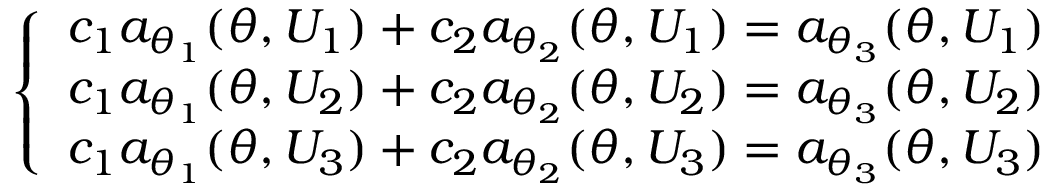
\left\{ \begin{array} { l l } { c _ { 1 } a _ { \theta _ { 1 } } ( \theta , U _ { 1 } ) + c _ { 2 } a _ { \theta _ { 2 } } ( \theta , U _ { 1 } ) = a _ { \theta _ { 3 } } ( \theta , U _ { 1 } ) } \\ { c _ { 1 } a _ { \theta _ { 1 } } ( \theta , U _ { 2 } ) + c _ { 2 } a _ { \theta _ { 2 } } ( \theta , U _ { 2 } ) = a _ { \theta _ { 3 } } ( \theta , U _ { 2 } ) } \\ { c _ { 1 } a _ { \theta _ { 1 } } ( \theta , U _ { 3 } ) + c _ { 2 } a _ { \theta _ { 2 } } ( \theta , U _ { 3 } ) = a _ { \theta _ { 3 } } ( \theta , U _ { 3 } ) } \end{array} \right.